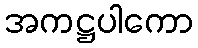
အကဋ္ဌပါကော